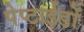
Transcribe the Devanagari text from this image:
पेप्टाईडों